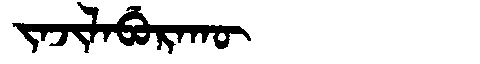
Manchu: ᠵᠠᠵᡳᠯᠠᠪᡠᡵᠠᡴᡡ
Romanization: JAJILABURAKŪ